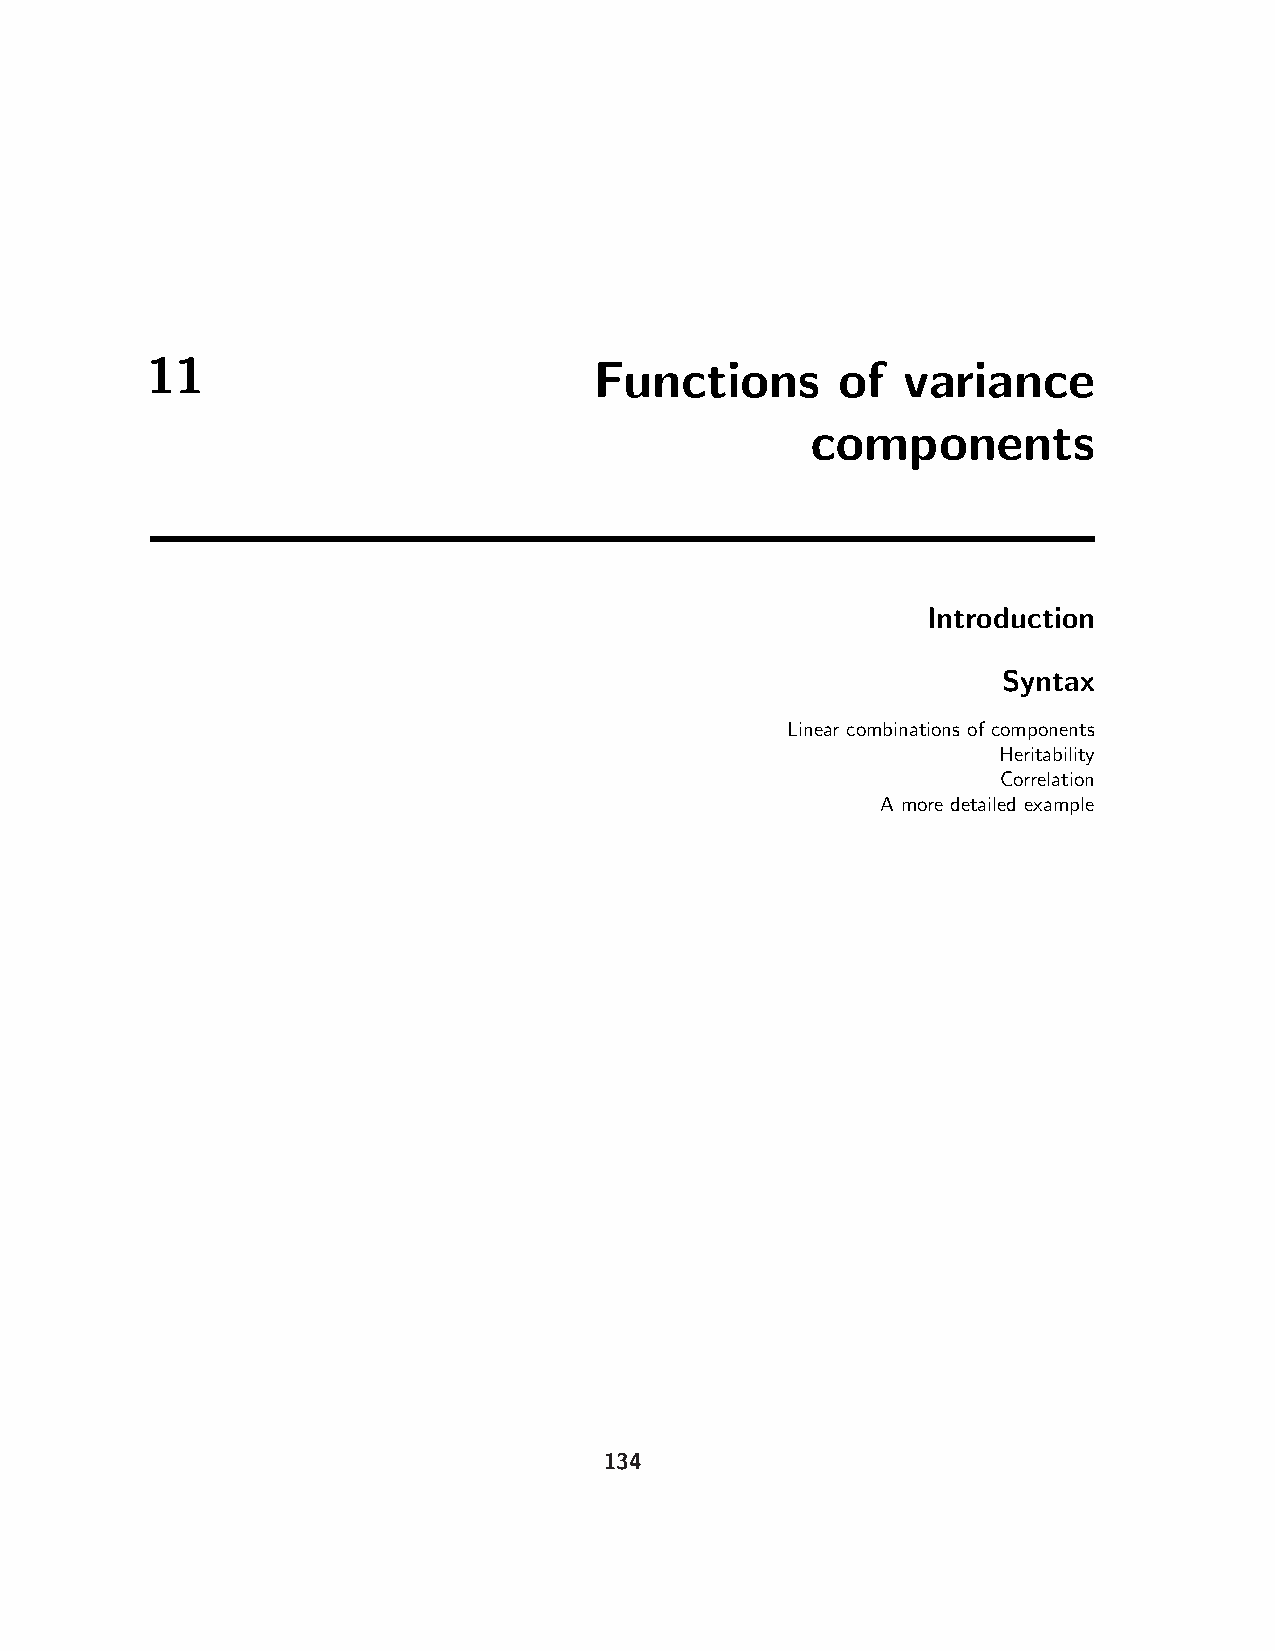
11                           Functions        of  variance
 components
 Introduction
 Syntax
 Linear combinations of components
 Heritability
 Correlation
 A more detailed example
 134